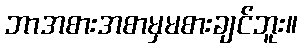
ဘာအစားအစာမှမစားချင်ဘူး။